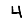
Digit: 4